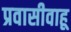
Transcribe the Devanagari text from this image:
प्रवासीवाहू